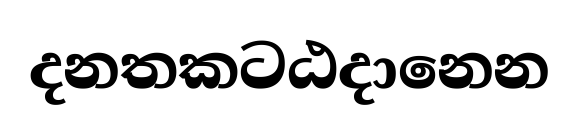
දනතකටඨදානෙන